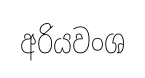
අරියවංශ